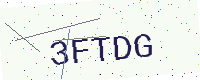
Text: 3FTDG